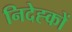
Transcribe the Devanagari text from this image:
निदेह्कों